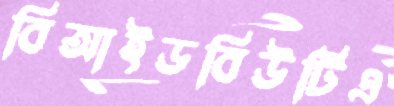
বিআইডবিউটিএ